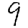
Digit: 9